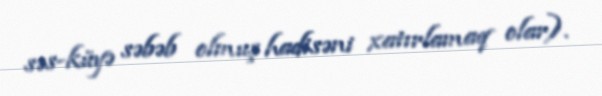
səs-küyə səbəb olmuş hadisəni xatırlamaq olar).